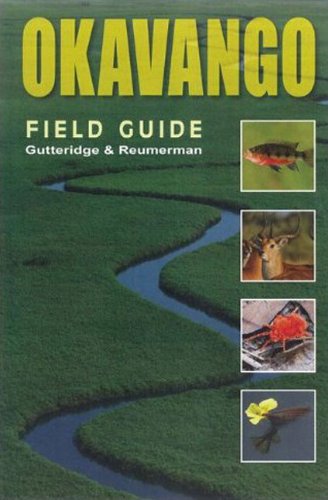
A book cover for OKAVANGO: A Field Guide (Southbound Field Guides); Lee Gutteridge; Travel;